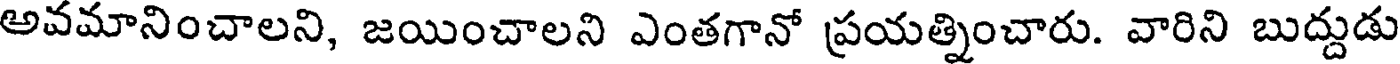
అవమానించాలని, జయించాలని ఎంతగానో ప్రయత్నించారు. వారిని బుద్దుడు